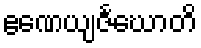
ဧဏေယျဇင်္ဃောတိ